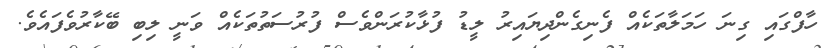
ހާފްގައި ގިނަ ހަމަލާތަކެއް ފެނިގެންދިޔައިރު ލީޑު ފުޅާކުރަންވެސް ފުރުސަތުތަކެއް ވަނީ ލިބި ބޭކާރުވެފައެވެ.